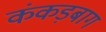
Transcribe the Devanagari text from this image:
कंकड़बाग